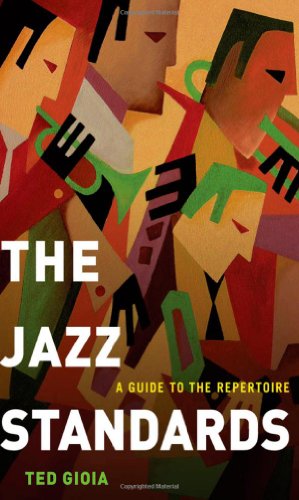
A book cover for The Jazz Standards: A Guide to the Repertoire; Ted Gioia; Arts & Photography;